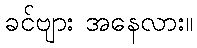
ခင်ဗျား အနေလား။